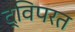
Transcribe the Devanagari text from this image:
द्विपरत